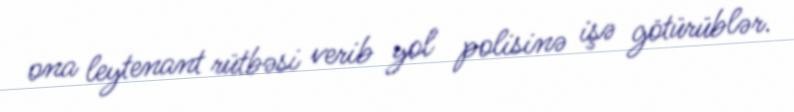
ona leytenant rütbəsi verib yol polisinə işə götürüblər.